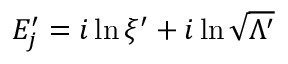
E _ { j } ^ { \prime } = i \ln \xi ^ { \prime } + i \ln \sqrt { \Lambda ^ { \prime } }